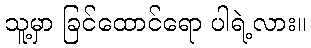
သူ့မှာ ခြင်ထောင်ရော ပါရဲ့လား။